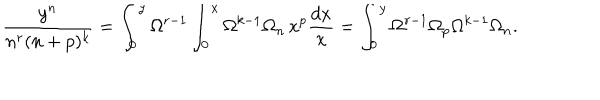
\frac { y ^ { n } } { n ^ { r } ( n + p ) ^ { k } } = \int _ { 0 } ^ { y } \Omega ^ { r - 1 } \int _ { 0 } ^ { x } \Omega ^ { k - 1 } \Omega _ { n } \, x ^ { p } \frac { d x } { x } = \int _ { 0 } ^ { y } \Omega ^ { r - 1 } \Omega _ { p } \Omega ^ { k - 1 } \Omega _ { n } .